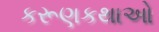
કરૂણકથાઓ